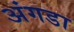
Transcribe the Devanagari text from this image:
अंगडा